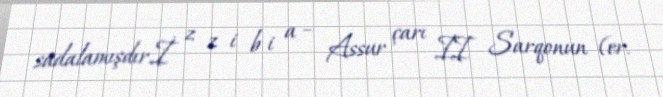
sadalamışdır.İ z z i b i a – Assur çarı II Sarqonun (er.